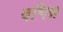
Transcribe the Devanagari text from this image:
वभिन्न